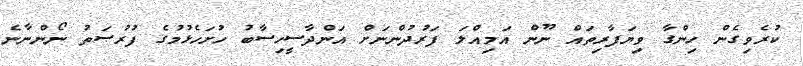
ކުރެވިގެން ހިންގާ ވިޔަފާރިތައް ނޫން އަމިއްލަ ފަރުދުންނަށް އަންދާސީހިސާބު ހުށަހެޅުމުގެ ފުރުޞަތު ނޯންނާނެ